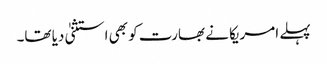
پہلے امریکا نے بھارت کو بھی استثنیٰ دیا تھا۔